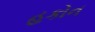
હકોન